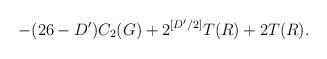
LaTeX: \begin{align*} -(26-D')C_2(G)+2^{[D'/2]}T(R)+2T(R).\end{align*}